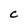
Character: c